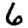
Digit: 6